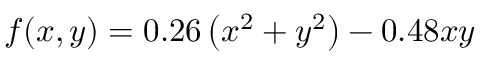
f ( x , y ) = 0 . 2 6 \left( x ^ { 2 } + y ^ { 2 } \right) - 0 . 4 8 x y